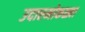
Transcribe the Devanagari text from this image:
उदारमोकळ्या